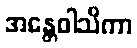
အန္တေဝါသိကာ